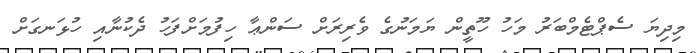
މިދިޔަ ސެޕްޓެމްބަރު މަހު ހޫތީން ޔަމަނުގެ ވެރިރަށް ސަންޢާ ހިފުމަށްފަހު ދެކުނާއި ހުޅަނގަށް